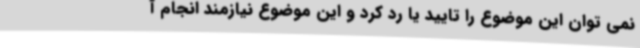
نمی توان این موضوع را تایید یا رد کرد و این موضوع نیازمند انجام آ